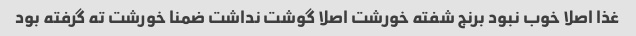
غذا اصلا خوب نبود برنج شفته خورشت اصلا گوشت نداشت ضمنا خورشت ته گرفته بود